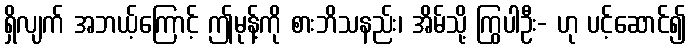
ရှိလျက် အဘယ့်ကြောင့် ဤမုန့်ကို စားဘိသနည်း၊ အိမ်သို့ ကြွပါဦး- ဟု ပင့်ဆောင်၍